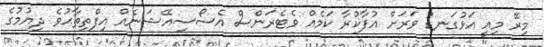
މިރޭ މިއީ އަޅުގަނޑު ވަރަށް އުފާކުރާ ކަމެއް ވެޓެރަންސް އެސޯސިއޭޝަނެއް އިފްތިތާޙުވެ ދިޔުމުގެ